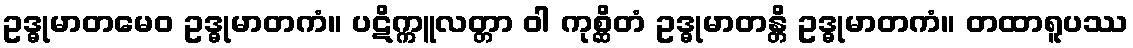
ဥဒ္ဓုမာတမေဝ ဥဒ္ဓုမာတကံ။ ပဋိက္ကူလတ္တာ ဝါ ကုစ္ဆိတံ ဥဒ္ဓုမာတန္တိ ဥဒ္ဓုမာတကံ။ တထာရူပဿ